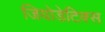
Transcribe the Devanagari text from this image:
जियोडेटिक्स